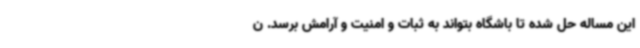
این مساله حل شده تا باشگاه بتواند به ثبات و امنیت و آرامش برسد. ن